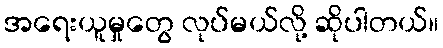
အရေးယူမှုတွေ လုပ်မယ်လို့ ဆိုပါတယ်။